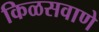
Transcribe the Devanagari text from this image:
किळसवाणे